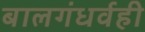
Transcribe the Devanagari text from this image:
बालगंधर्वही